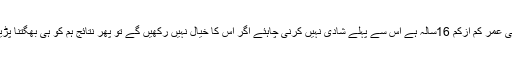
شادی کی عمر کم ازکم 16سالہ ہے اس سے پہلے شادی نہیں کرنی چاہئے اگر اس کا خیال نہیں رکھیں گے تو پھر نتائج ہم کو ہی بھگتنا پڑیں گے ۔